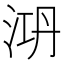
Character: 㳩